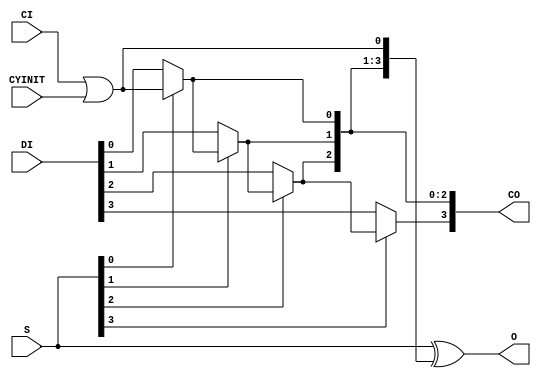
// This program was cloned from: https://github.com/fredrequin/verilator_xilinx
// License: BSD 2-Clause "Simplified" License

`ifdef verilator3
`else
`timescale 1 ps / 1 ps
`endif
//
// CARRY4 primitive for Xilinx FPGAs
// Compatible with Verilator tool (www.veripool.org)
// Copyright (c) 2019-2022 Frdric REQUIN
// License : BSD
//

/* verilator coverage_off */
module CARRY4
(
    // Carry cascade input
    input  wire       CI,
    // 
    input  wire       CYINIT,
    // Carry MUX data input
    input  wire [3:0] DI,
    // Carry MUX select line
    input  wire [3:0] S,
    // Carry out of each stage of the chain
    output wire [3:0] CO,
    // Carry chain XOR general data out
    output wire [3:0] O
);
    wire _w_CO0 = S[0] ? CI | CYINIT : DI[0];
    wire _w_CO1 = S[1] ?      _w_CO0 : DI[1];
    wire _w_CO2 = S[2] ?      _w_CO1 : DI[2];
    wire _w_CO3 = S[3] ?      _w_CO2 : DI[3];

    assign CO   = { _w_CO3, _w_CO2, _w_CO1, _w_CO0 };

    assign O    =  S ^ { _w_CO2, _w_CO1, _w_CO0, CI | CYINIT };

endmodule
/* verilator coverage_on */